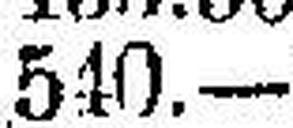
510.—